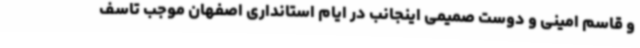
و قاسم امینی و دوست صمیمی اینجانب در ایام استانداری اصفهان موجب تاسف